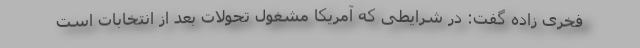
فخری زاده گفت: در شرایطی که آمریکا مشغول تحولات بعد از انتخابات است